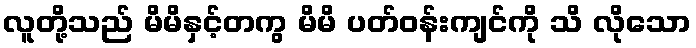
လူတို့သည် မိမိနှင့်တကွ မိမိ ပတ်ဝန်းကျင်ကို သိ လိုသော